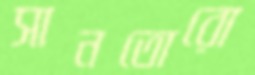
সানতোরো